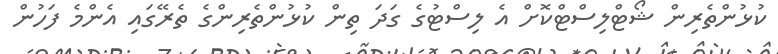
ކުޅުންތެރިން ޝޯޓްލިސްޓްކޮށް އެ ލިސްޓުގެ ގަދަ ތިން ކުޅުންތެރިންގެ ތެރޭގައި އެންމެ ފަހުން